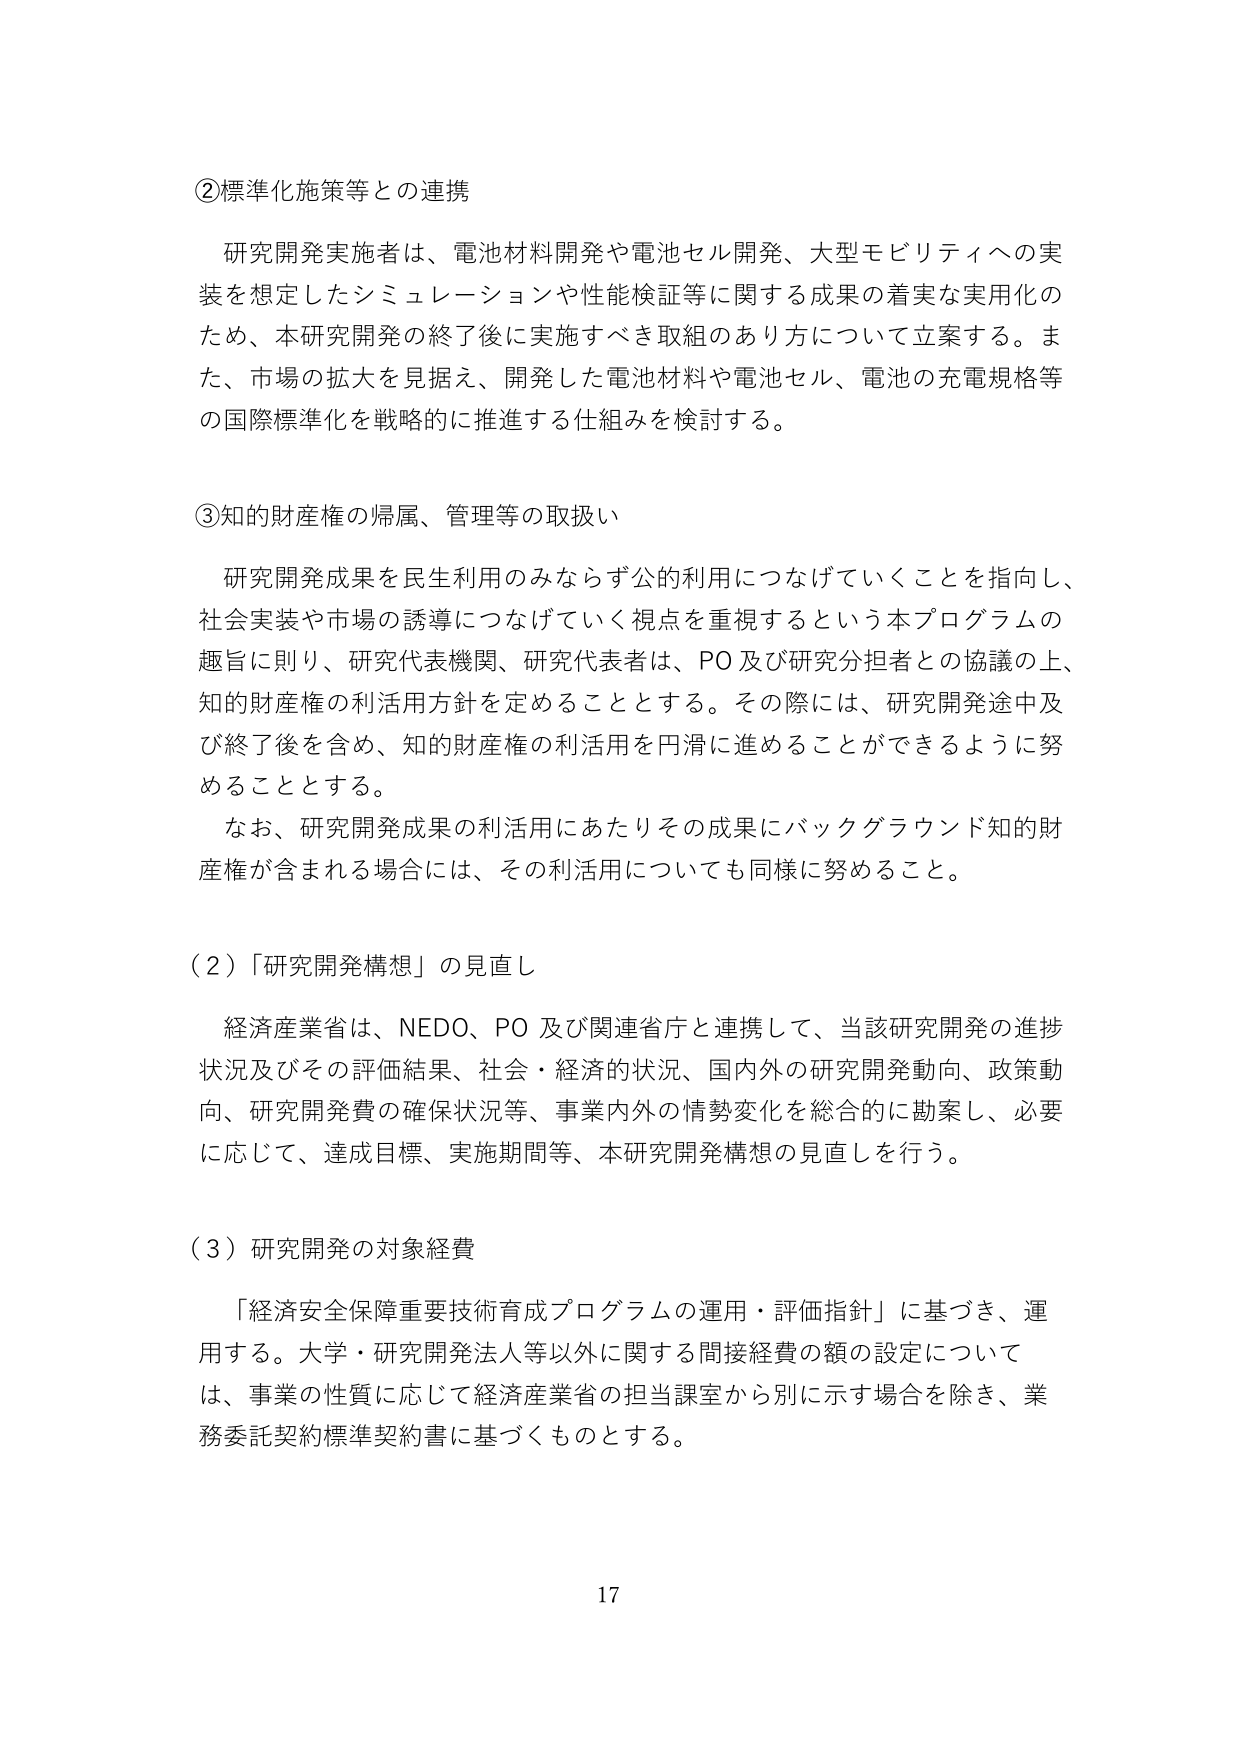
②標準化施策等との連携

研究開発実施者は、電池材料開発や電池セル開発、大型モビリティへの実装を想定したシミュレーションや性能検証等に関する成果の着実な実用化のため、本研究開発の終了後に実施すべき取組のあり方について立案する。また、市場の拡大を見据え、開発した電池材料や電池セル、電池の充電規格等の国際標準化を戦略的に推進する仕組みを検討する。

③知的財産権の帰属、管理等の取扱い

研究開発成果を民生利用のみならず公的利用につなげていくことを指向し、社会実装や市場の誘導につなげていく視点を重視するという本プログラムの趣旨に則り、研究代表機関、研究代表者は、PO及び研究分担者との協議の上、知的財産権の利活用方針を定めることとする。その際には、研究開発途中及び終了後を含め、知的財産権の利活用を円滑に進めることができるよう努めることとする。

なお、研究開発成果の利活用にあたりその成果にバックグラウンド知的財産権が含まれる場合には、その利活用についても同様に努めること。

（2）「研究開発構想」の見直し

経済産業省は、NEDO、PO及び関連省庁と連携して、当該研究開発の進捗状況及びその評価結果、社会・経済的状況、国内外の研究開発動向、政策動向、研究開発費の確保状況等、事業内外の情勢変化を総合的に勘案し、必要に応じて、達成目標、実施期間等、本研究開発構想の見直しを行う。

（3）研究開発の対象経費

「経済安全保障重要技術育成プログラムの運用・評価指針」に基づき、運用する。大学・研究開発法人等以外に関する間接経費の額の設定については、事業の性質に応じて経済産業省の担当課室から別に示す場合を除き、業務委託契約標準契約書に基づくものとする。

17